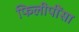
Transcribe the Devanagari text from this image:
फिलीपींसा